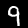
Digit: 9